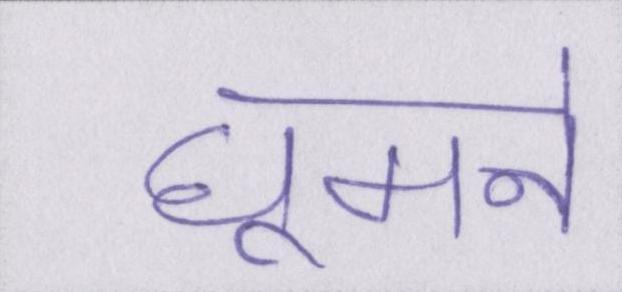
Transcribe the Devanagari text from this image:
घूमने